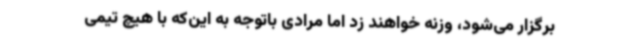
برگزار می‌شود، وزنه خواهند زد اما مرادی باتوجه به این‌که با هیچ تیمی